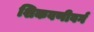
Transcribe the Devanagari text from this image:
शिकवणीवर्ग